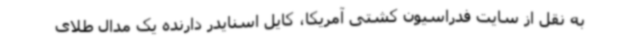
به نقل از سایت فدراسیون کشتی آمریکا، کایل اسنایدر دارنده یک مدال طلای